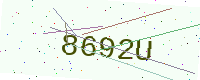
Text: 8692U